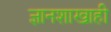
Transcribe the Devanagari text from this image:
ज्ञानशाखाही